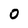
Character: 0